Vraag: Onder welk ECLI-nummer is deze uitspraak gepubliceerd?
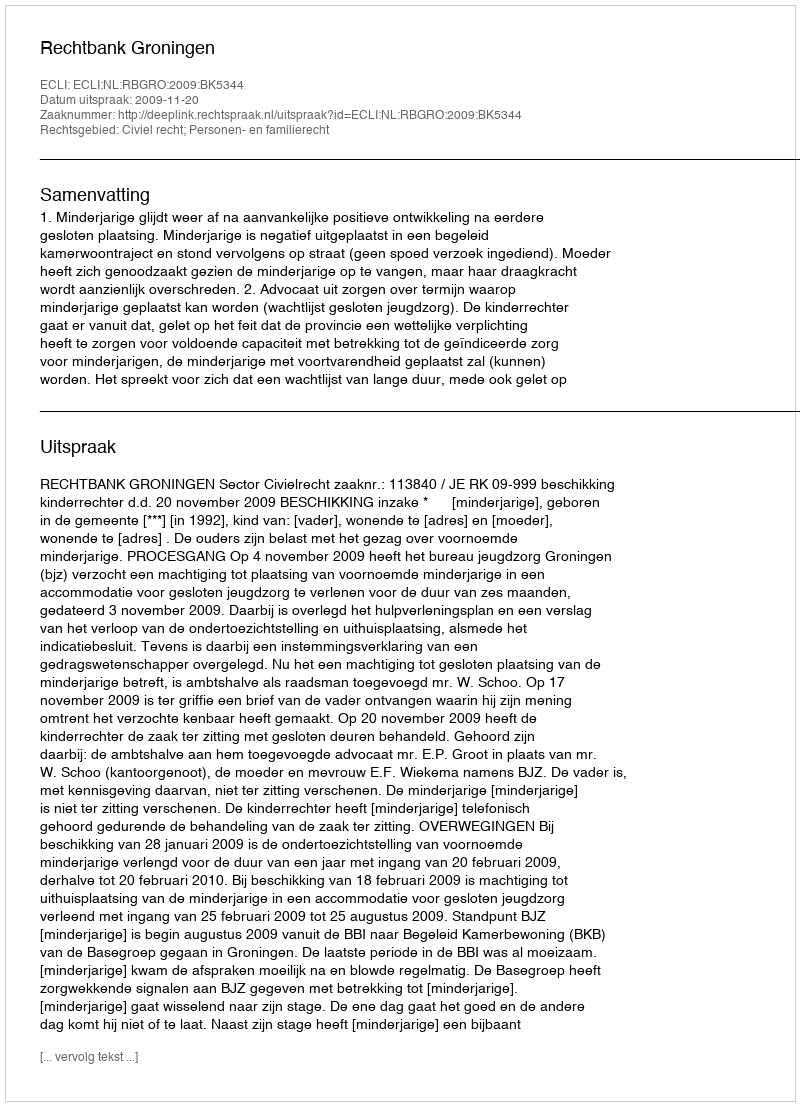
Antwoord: ECLI:NL:RBGRO:2009:BK5344